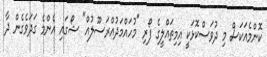
ކޮންމެއަކަސް މި ދުވަސްކޮޅަކީ އިމިތައްލީގެ ފޯރި "މުހައްމަދުއްރަސޫލުއް" ޝޯގައި އެންމެ ގަދަވެގެން ދާ